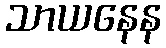
သာယနေန